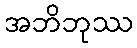
အဘိဘုဿ